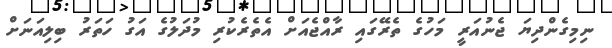
ނިމިގެންދިޔަ ޖެނުއަރީ މަހުގެ ތެރޭގައި ރާއްޖެއަށް އެތެރެކުރި މުދަލުގެ އަގު ހަތަރު ބިލިއަނަށް